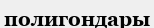
полигондары